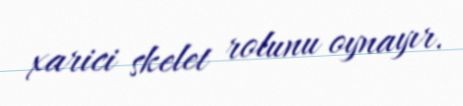
xarici skelet rolunu oynayır.